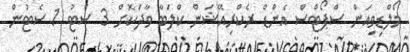
މޯލްޑިވިއަން ސްޕޯޓްސް އެންޑް ރެކްރިއޭޝަން ކްލަބާ ވާދަކޮށް 3 ސެޓު 1 ސެޓުން